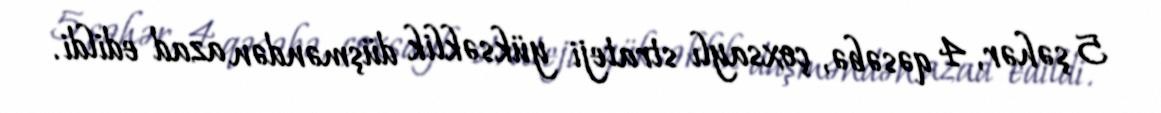
5 şəhər, 4 qəsəbə, çoxsaylı strateji yüksəklik düşməndən azad edildi.